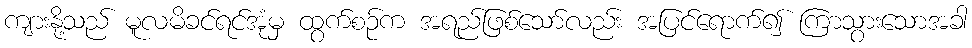
ကျားနို့သည် မူလမိခင်ရင်အုံမှ ထွက်စဉ်က အရည်ဖြစ်သော်လည်း အပြင်ရောက်၍ ကြာသွားသောအခါ